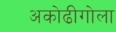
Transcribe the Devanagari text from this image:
अकोढीगोला